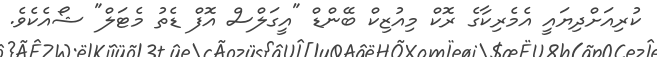
ކުރިއަށްދިޔައީ އެމެރިކާގެ ރޮކް މިއުޒިކް ބޭންޑް "އީގަލްސް އޮފް ޑެތު މެޓަލް" ޝޯއެކެވެ.